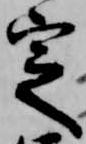
定